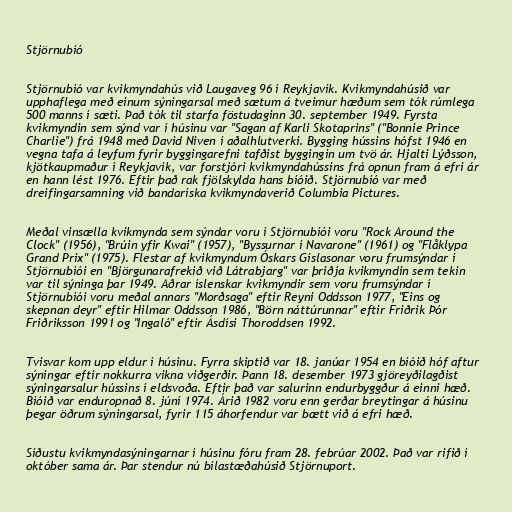
Stjörnubíó

Stjörnubíó var kvikmyndahús við Laugaveg 96 í Reykjavík. Kvikmyndahúsið var
upphaflega með einum sýningarsal með sætum á tveimur hæðum sem tók rúmlega
500 manns í sæti. Það tók til starfa föstudaginn 30. september 1949. Fyrsta
kvikmyndin sem sýnd var í húsinu var "Sagan af Karli Skotaprins" ("Bonnie Prince
Charlie") frá 1948 með David Niven í aðalhlutverki. Bygging hússins hófst 1946 en
vegna tafa á leyfum fyrir byggingarefni tafðist byggingin um tvö ár. Hjalti Lýðsson,
kjötkaupmaður í Reykjavík, var forstjóri kvikmyndahússins frá opnun fram á efri ár
en hann lést 1976. Eftir það rak fjölskylda hans bíóið. Stjörnubíó var með
dreifingarsamning við bandaríska kvikmyndaverið Columbia Pictures.

Meðal vinsælla kvikmynda sem sýndar voru í Stjörnubíói voru "Rock Around the
Clock" (1956), "Brúin yfir Kwai" (1957), "Byssurnar í Navarone" (1961) og "Flåklypa
Grand Prix" (1975). Flestar af kvikmyndum Óskars Gíslasonar voru frumsýndar í
Stjörnubíói en "Björgunarafrekið við Látrabjarg" var þriðja kvikmyndin sem tekin
var til sýninga þar 1949. Aðrar íslenskar kvikmyndir sem voru frumsýndar í
Stjörnubíói voru meðal annars "Morðsaga" eftir Reyni Oddsson 1977, "Eins og
skepnan deyr" eftir Hilmar Oddsson 1986, "Börn náttúrunnar" eftir Friðrik Þór
Friðriksson 1991 og "Ingaló" eftir Ásdísi Thoroddsen 1992.

Tvisvar kom upp eldur í húsinu. Fyrra skiptið var 18. janúar 1954 en bíóið hóf aftur
sýningar eftir nokkurra vikna viðgerðir. Þann 18. desember 1973 gjöreyðilagðist
sýningarsalur hússins í eldsvoða. Eftir það var salurinn endurbyggður á einni hæð.
Bíóið var enduropnað 8. júní 1974. Árið 1982 voru enn gerðar breytingar á húsinu
þegar öðrum sýningarsal, fyrir 115 áhorfendur var bætt við á efri hæð.

Síðustu kvikmyndasýningarnar í húsinu fóru fram 28. febrúar 2002. Það var rifið í
október sama ár. Þar stendur nú bílastæðahúsið Stjörnuport.